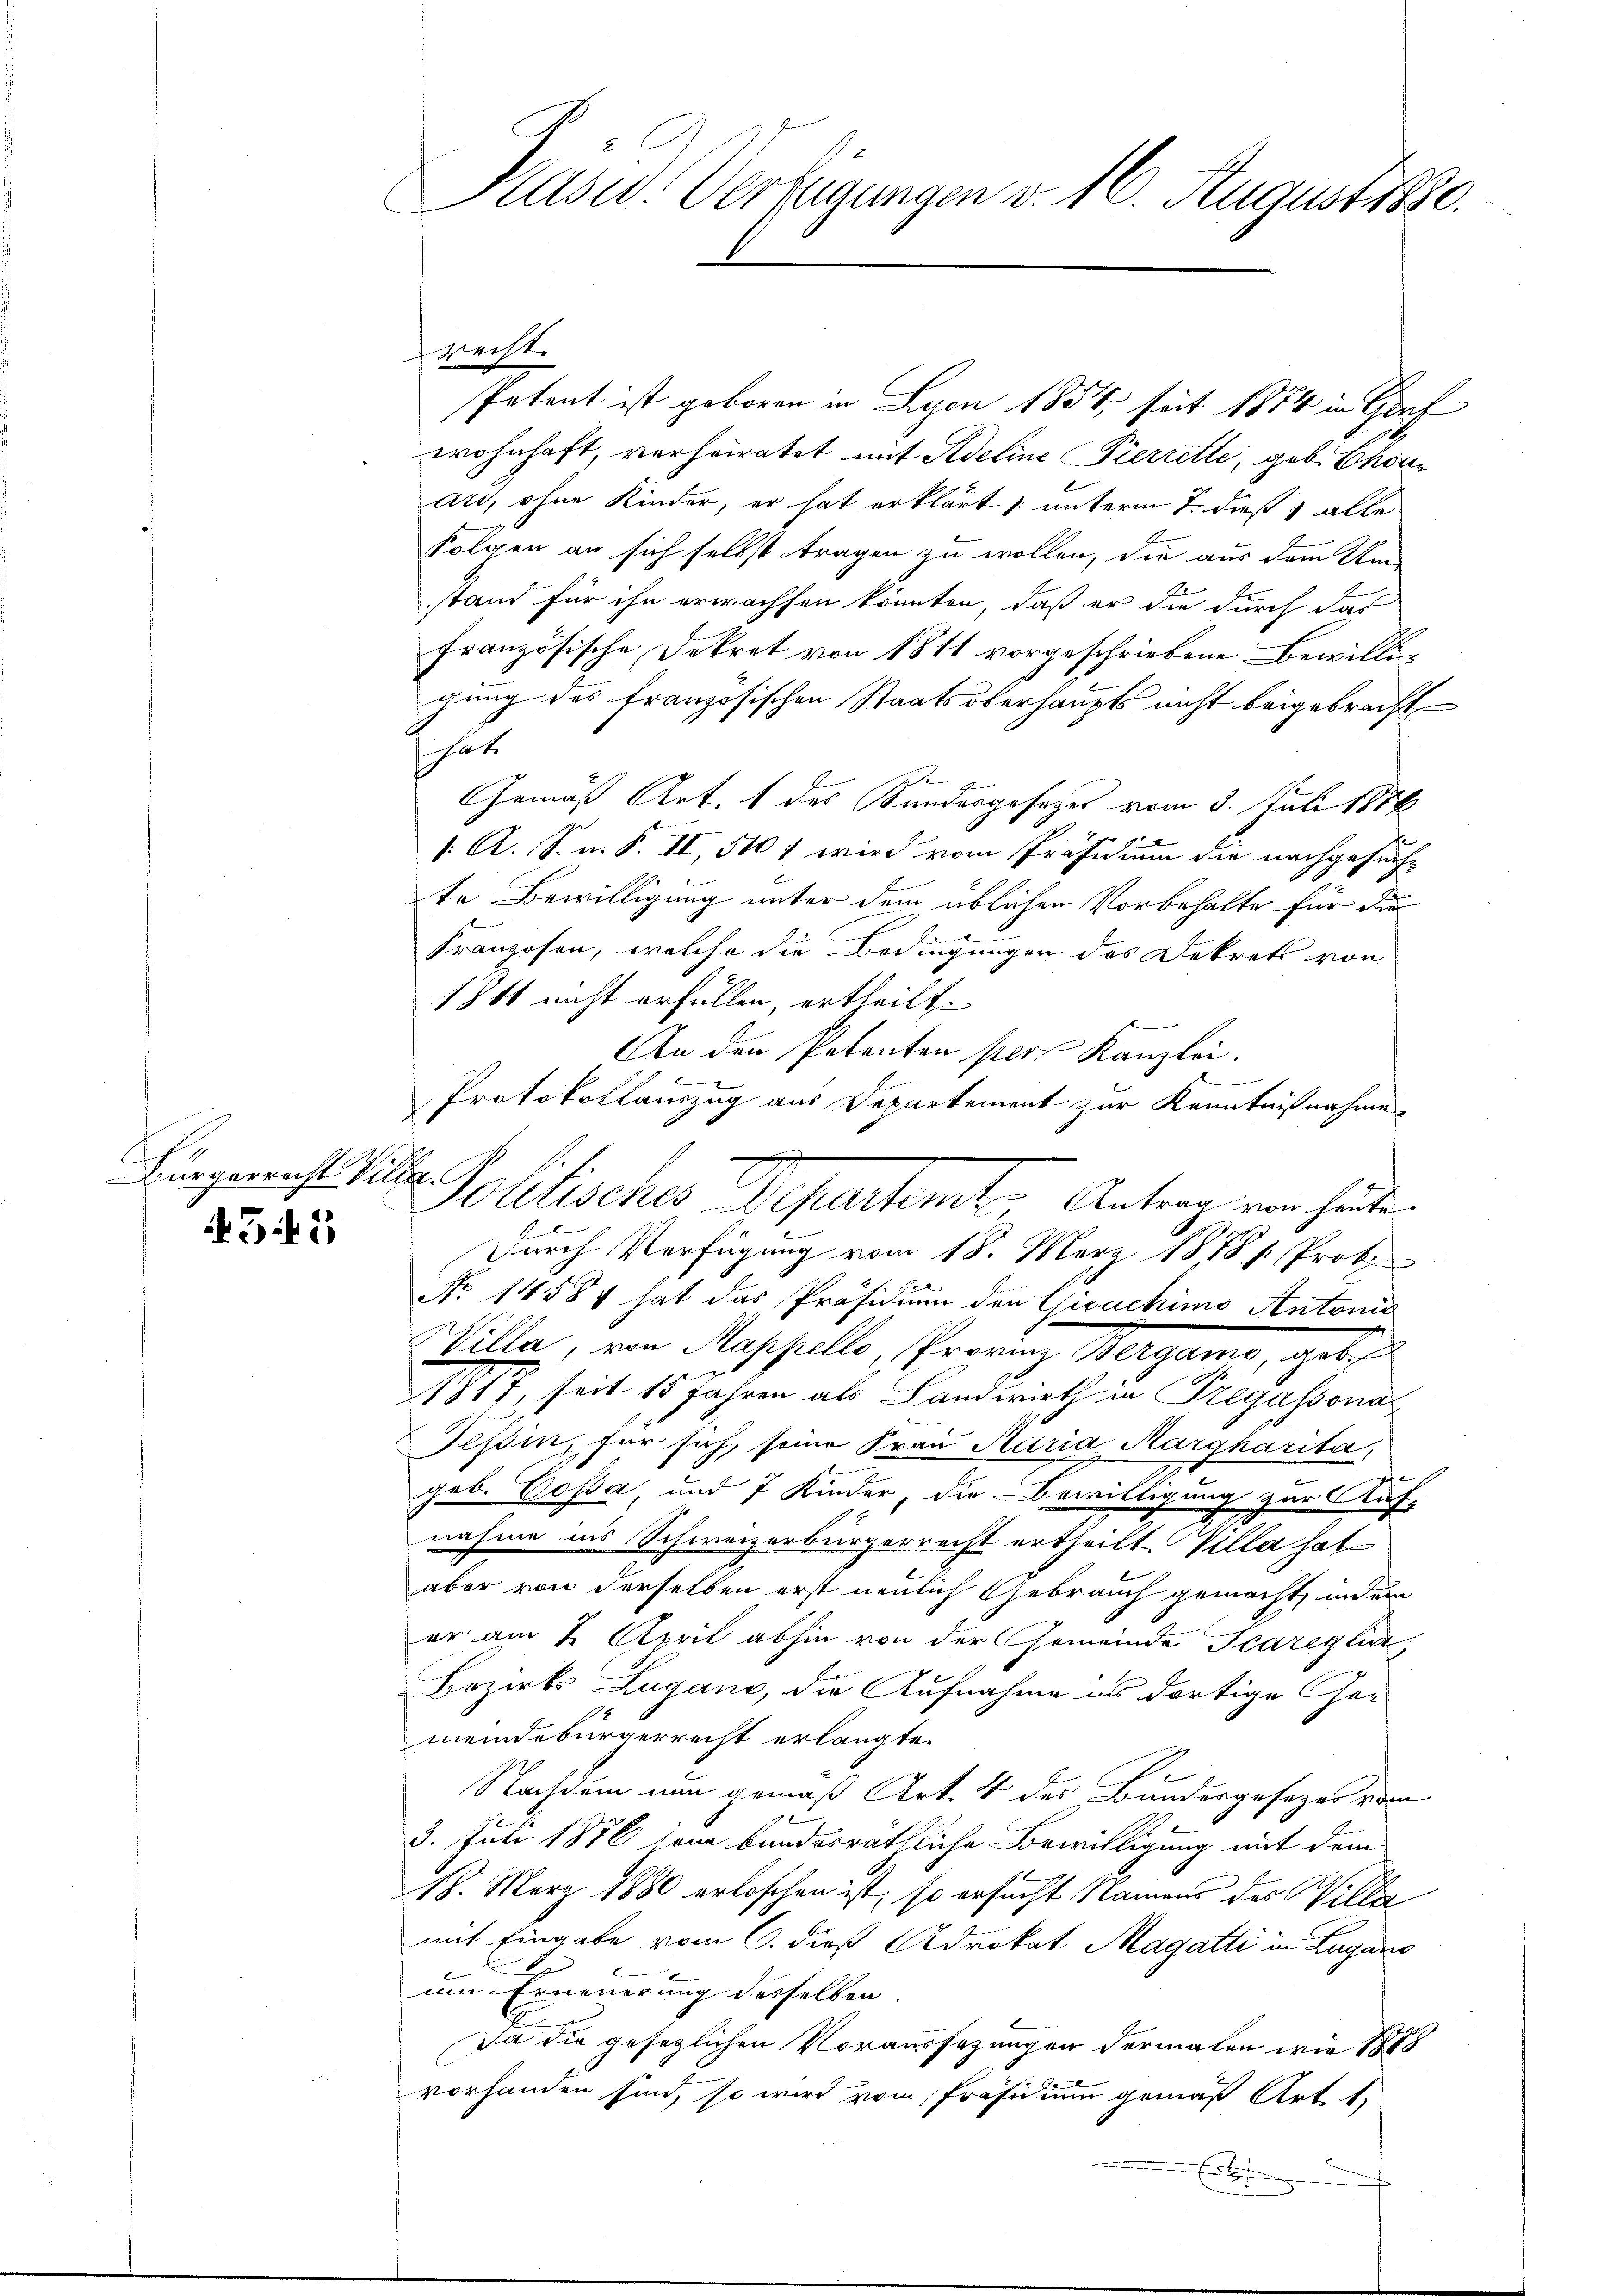
Bürgerrecht Villa.

43 f 1

Präsid. Verfügungen v. 16. August 1850.

ziechte
Potent ist geboren in Lyon 1854 seit 1874 in Graf
wohnhaft, verheiratet mit Adeline Pierrette, geb. Bonn
Art, ohne Kinder, er hat erklärt & unterm 7. dieß alle
folgen an sich selbst tragen zu wollen, die aus dem Um-
stand für ihn erwachsen könnten, daß er die durch das
französische Dekret von 1811 vorgeschriebene Bewilligung des französischen Staatsoberhaupts nicht beigebracht
hats
n
Gemäß Art. 1 des Sandergesetzes vom 3. Juli 1814
 A. S. n. F. II, 510 1 wird vom Präsidium die nachgesuche
te Bewilligung unter dem üblichen Vorbehalte für die
Franzosen, welche die Bedingungen des Dekrets von
1841 nicht erfüllen, ertheilt.
An den Petenten per Kanzlei.
4
Protokollauszug aus Departement zur Kenntnißnahme
Durch Verfügung vom 18. März 1878 s. Prob
No 14584 hat das Präsidium den Gioachimo Antonis
Wille, von Rappelle, Prorenz Bergane, gebi
1877, seit 15 Jahren als Landwirth in Fregassona
Tessin, für sich seine Frau Maria Margharita,
gob. Vossa und 7 Kinder, die Bewilligung zur Kasz
nahme ins Schweizerbürgerrecht ertheilt. Villa hat
aber von derselben erst neulich Gebrauch gemacht, und ein
er am 8. April abhin von der Gemeinde Scareglin,
Bezirks Zugano, die Aufnahme es dortige Gemeindebürgerrecht erlangte.
Nachdem nun gemäß Art. 4 des Bundesgesezes vom
3. Juli 1876 jene bundesräthliche Bewilligung mit dem
18. März 1880 erloschen ist, so ersucht Namens des Willa
mit Eingabe vom 6. dieß Adrokat Magatti in Lugano
um Erneuerung desselben.
Da die gesezlichen Voraussezungen dermalen wie 1888
vorhanden sind, so wird vom Präsidium gemäß Art. 1.

g
Politisches Departem Antrag von heuten